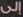
إلى